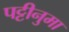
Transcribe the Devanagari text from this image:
पट्टीनुमा